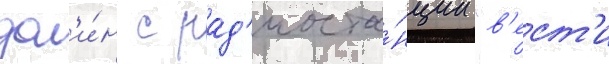
дол'и́н с рад'иоста́нции "в'ест'и